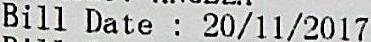
BILL DATE : 20/11/2017